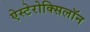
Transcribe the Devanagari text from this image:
ऐस्टेरोक्सिलॉन